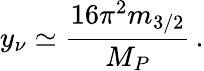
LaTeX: y_{\nu}\simeq\frac{16\pi^{2}m_{3/2}}{M_{P}}\, .